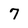
Character: 7